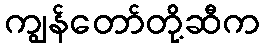
ကျွန်တော်တို့ဆီက